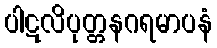
ပါဋလိပုတ္တနဂရမာပနံ